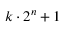
k \cdot 2 ^ { n } + 1